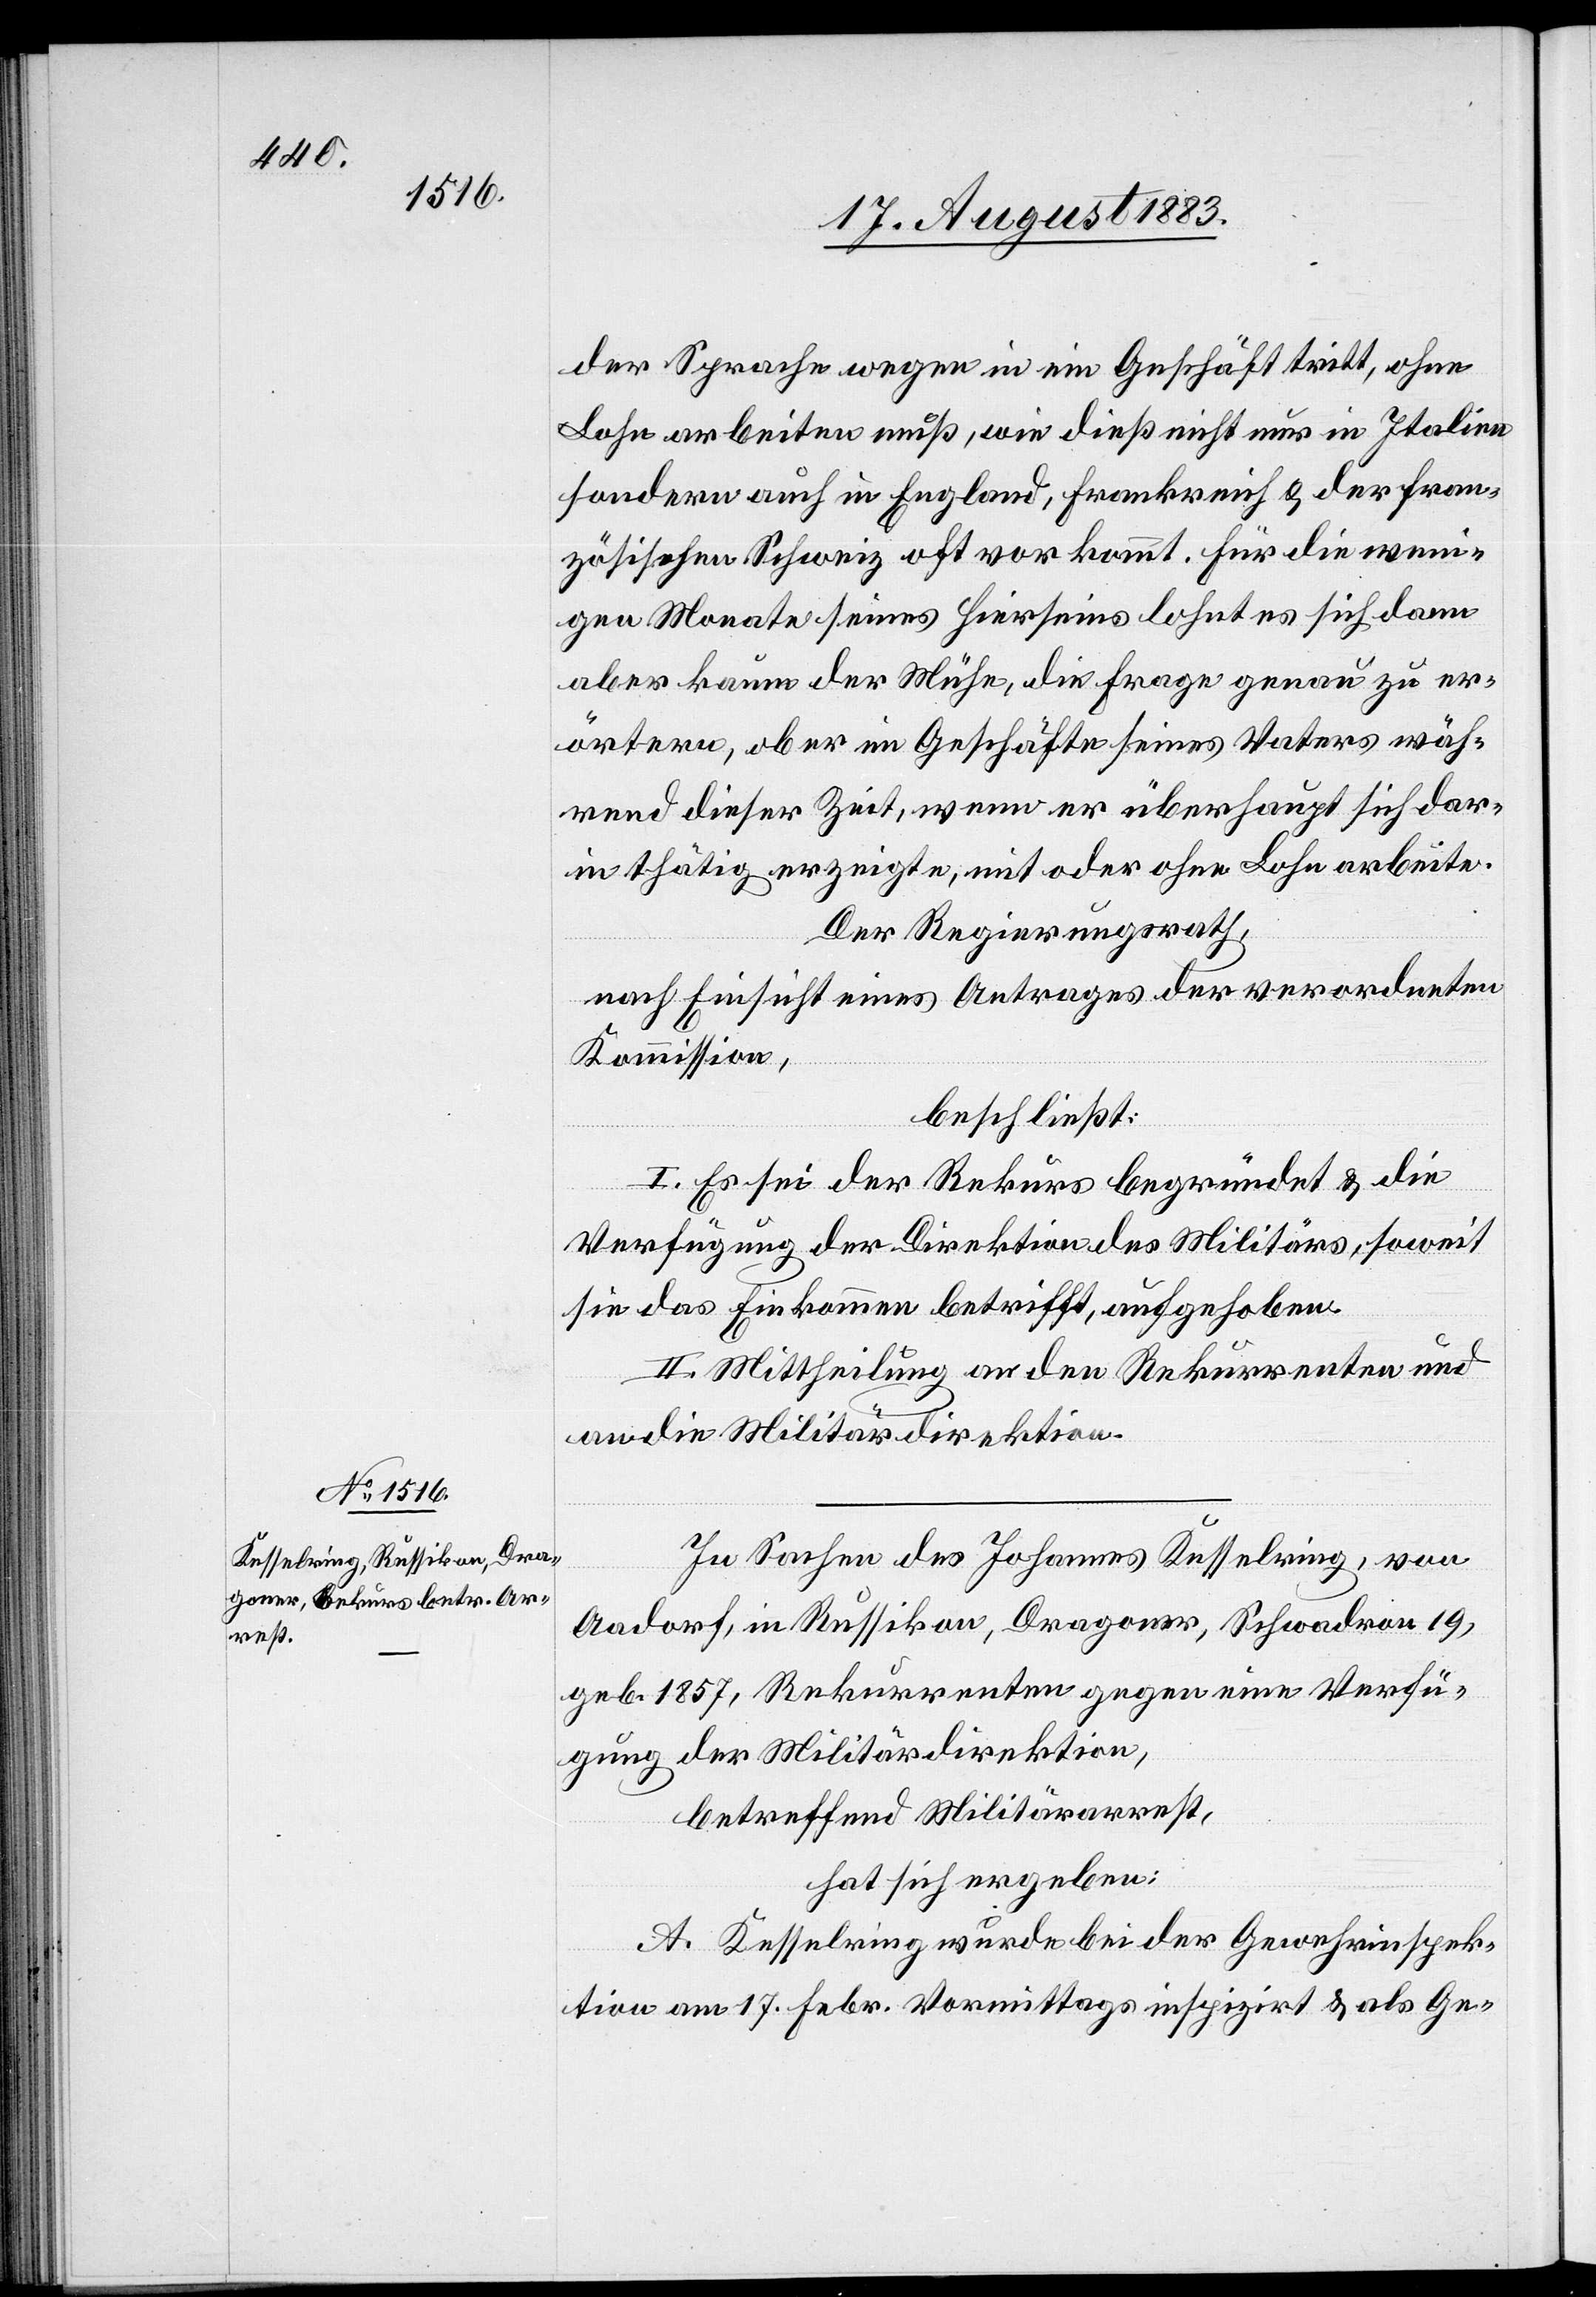
der Sprache wegen in ein Geschäft tritt, ohne
Lohn arbeiten muß, wie dieß nicht nur in Italien
sondern auch in England, Frankreich & der fran¬
zösischen Schweiz oft vorkommt. Für die weni¬
gen Monate seines Hierseins lohnt es sich dann
aber kaum der Mühe, die Frage genau zu er¬
örtern, ob er im Geschäfte seines Vaters wäh¬
rend dieser Zeit, wenn er überhaupt sich dar¬
in thätig erzeigte, mit oder ohne Lohn arbeite.
Der Regierungsrath,
nach Einsicht eines Antrages der verordneten
Kommission,
beschließt:
I. Es sei der Rekurs begründet & die
Verfügung der Direktion des Militärs, soweit
sie das Einkommen betrifft, aufgehoben.
II. Mittheilung an den Rekurrenten und
an die Militärdirektion.
In Sachen des Johannes Kesselring, von
Aadorf, in Russikon, Dragoner, Schwadron 19,
geb. 1857, Rekurrenten gegen eine Verfü¬
gung der Militärdirektion,
betreffend Militärdienst,
hat sich ergeben:
A. Kesselring wurde bei der Gewehrinspek¬
tion am 17. Febr. Vormittags inspizirt & als Ge-